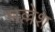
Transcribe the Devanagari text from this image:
मल्लेश